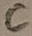
Text: C